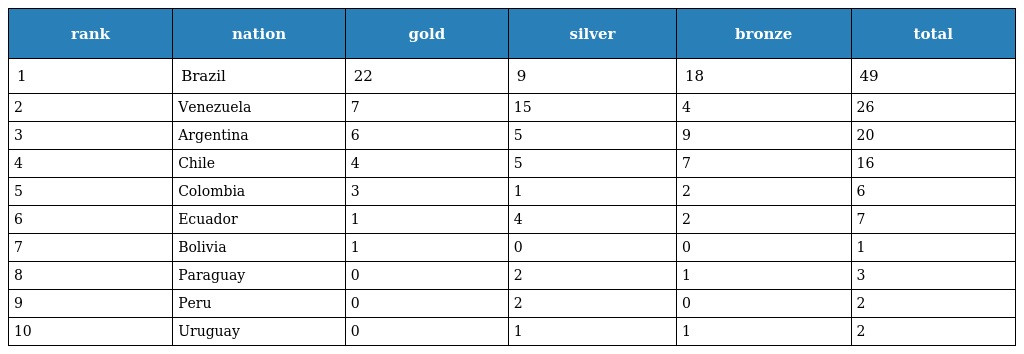
| rank | nation | gold | silver | bronze | total |
 | --- | --- | --- | --- | --- | --- |
 | 1 | Brazil | 22 | 9 | 18 | 49 |
 | 2 | Venezuela | 7 | 15 | 4 | 26 |
 | 3 | Argentina | 6 | 5 | 9 | 20 |
 | 4 | Chile | 4 | 5 | 7 | 16 |
 | 5 | Colombia | 3 | 1 | 2 | 6 |
 | 6 | Ecuador | 1 | 4 | 2 | 7 |
 | 7 | Bolivia | 1 | 0 | 0 | 1 |
 | 8 | Paraguay | 0 | 2 | 1 | 3 |
 | 9 | Peru | 0 | 2 | 0 | 2 |
 | 10 | Uruguay | 0 | 1 | 1 | 2 |